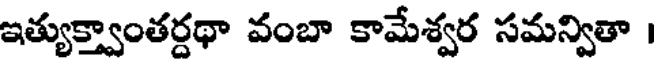
ఇత్యుక్త్వాంతర్దథా వంబా కామేశ్వర సమన్వితా ।